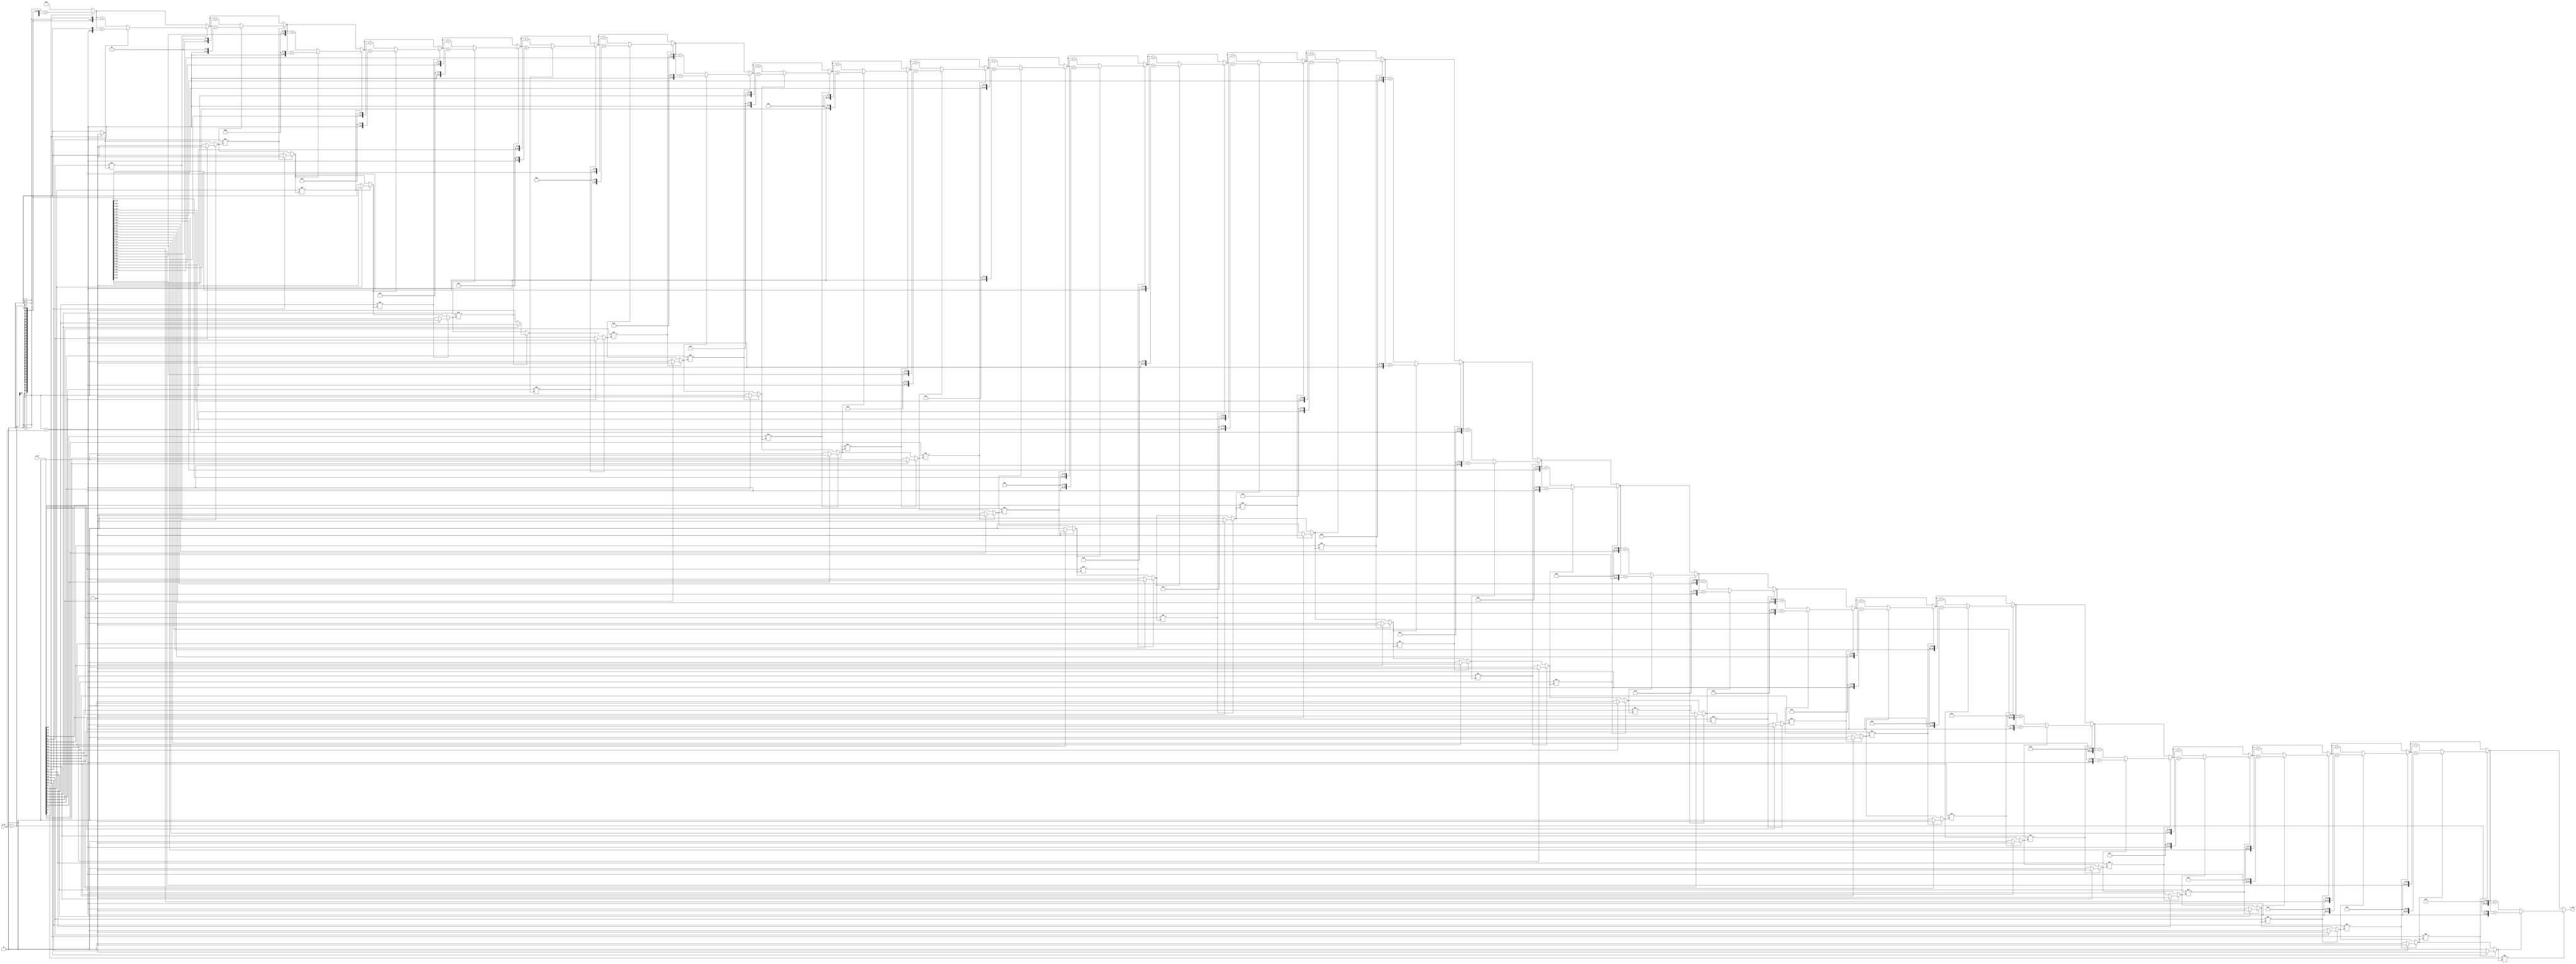
module mul_32_gate(
    input wire [31:0] a_in,
    input wire [31:0] b_in,
    output [63:0] c_out
);
    integer i;
    reg rBit;
    reg [63:0] result_P;
    reg [63:0] b_temporary;
    reg [63:0] b_temporary_negative;

    always @(a_in,b_in) begin
        rBit = 0;
        result_P = 64'd0;
        b_temporary = 64'd0 + b_in;
        b_temporary_negative = 64'd0 - b_in;

        for(i=0;i<32;i= i + 1) begin
            if (a_in[i] != rBit) begin
                if (rBit == 1) begin
                    result_P = result_P + (b_temporary << i);
                end else begin
                    result_P = result_P + (b_temporary_negative << i);
                end
                //are ternary operators okay?
                rBit = (a_in[i] == 1) ? 1 : 0;
            end
        end
    end
    assign c_out = result_P;
endmodule